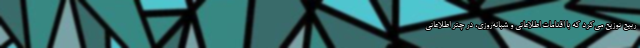
ربیع توزیع می‌کرد که با اقدامات اطلاعاتی و شبانه‌روزی، در چتر اطلاعاتی